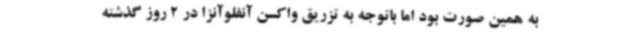
به همین صورت بود اما باتوجه به تزریق واکسن آنفلوآنزا در 2 روز گذشته